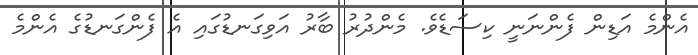
އެންމެ އަޑިން ފެންނަނީ ކިސަޑެވެ. މެންދުރު ބާރު އަވިގަނޑުގައި އެ ފެންގަނޑުގެ އެންމެ